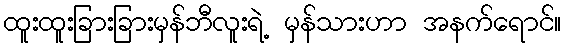
ထူးထူးခြားခြားမှန်ဘီလူးရဲ့ မှန်သားဟာ အနက်ရောင်။